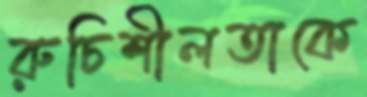
রুচিশীলতাকে